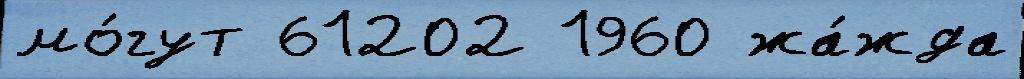
мо́гут 61202 1960 жа́жда